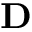
\mathbf { D }